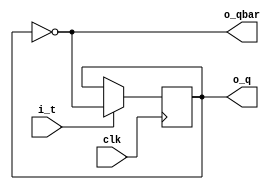
module tff(
	input 	clk,
	input 	i_t,
	output	o_q,
	output	o_qbar
);
	reg	o_q = 1'b0;
	reg	o_qn = 1'b0;

	always@(posedge clk) begin
		if(!i_t)
			o_q <= o_q ;
		else
			o_q <= ~o_q;
	end

	assign o_qbar = ~o_q;
endmodule